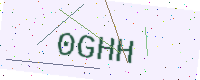
Text: 0GHH